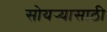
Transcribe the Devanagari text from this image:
सोयर्‍यासाठी